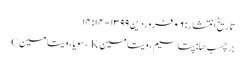
تاریخ انتشار: ۰۶ فروردین ۱۳۹۹ - ۱۴:۱۴
برچسب ها: پتاسیم ، ویتامین K ، سویا ، ویتامین C